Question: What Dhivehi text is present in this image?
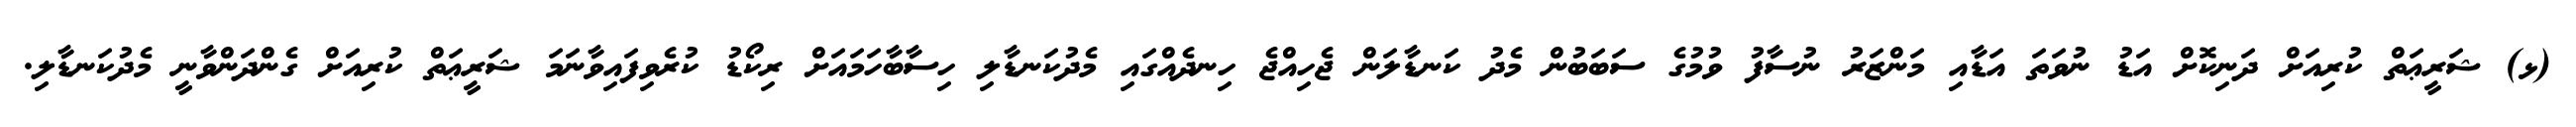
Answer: (ޅ) ޝަރީޢަތް ކުރިއަށް ދަނިކޮށް އަޑު ނުވަތަ އަޑާއި މަންޒަރު ނުސާފު ވުމުގެ ސަބަބުން މެދު ކަނޑާލަން ޖެހިއްޖެ ހިނދެއްގައި މެދުކަނޑާލި ހިސާބާހަމައަށް ރިކޯޑު ކުރެވިފައިވާނަމަ ޝަރީޢަތް ކުރިއަށް ގެންދަންވާނީ މެދުކަނޑާލި.